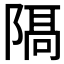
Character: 𨻛